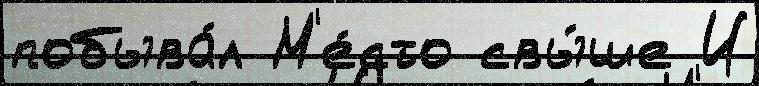
побыва́л М'е́сто свы́ше И